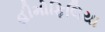
હીમોફિલિયા